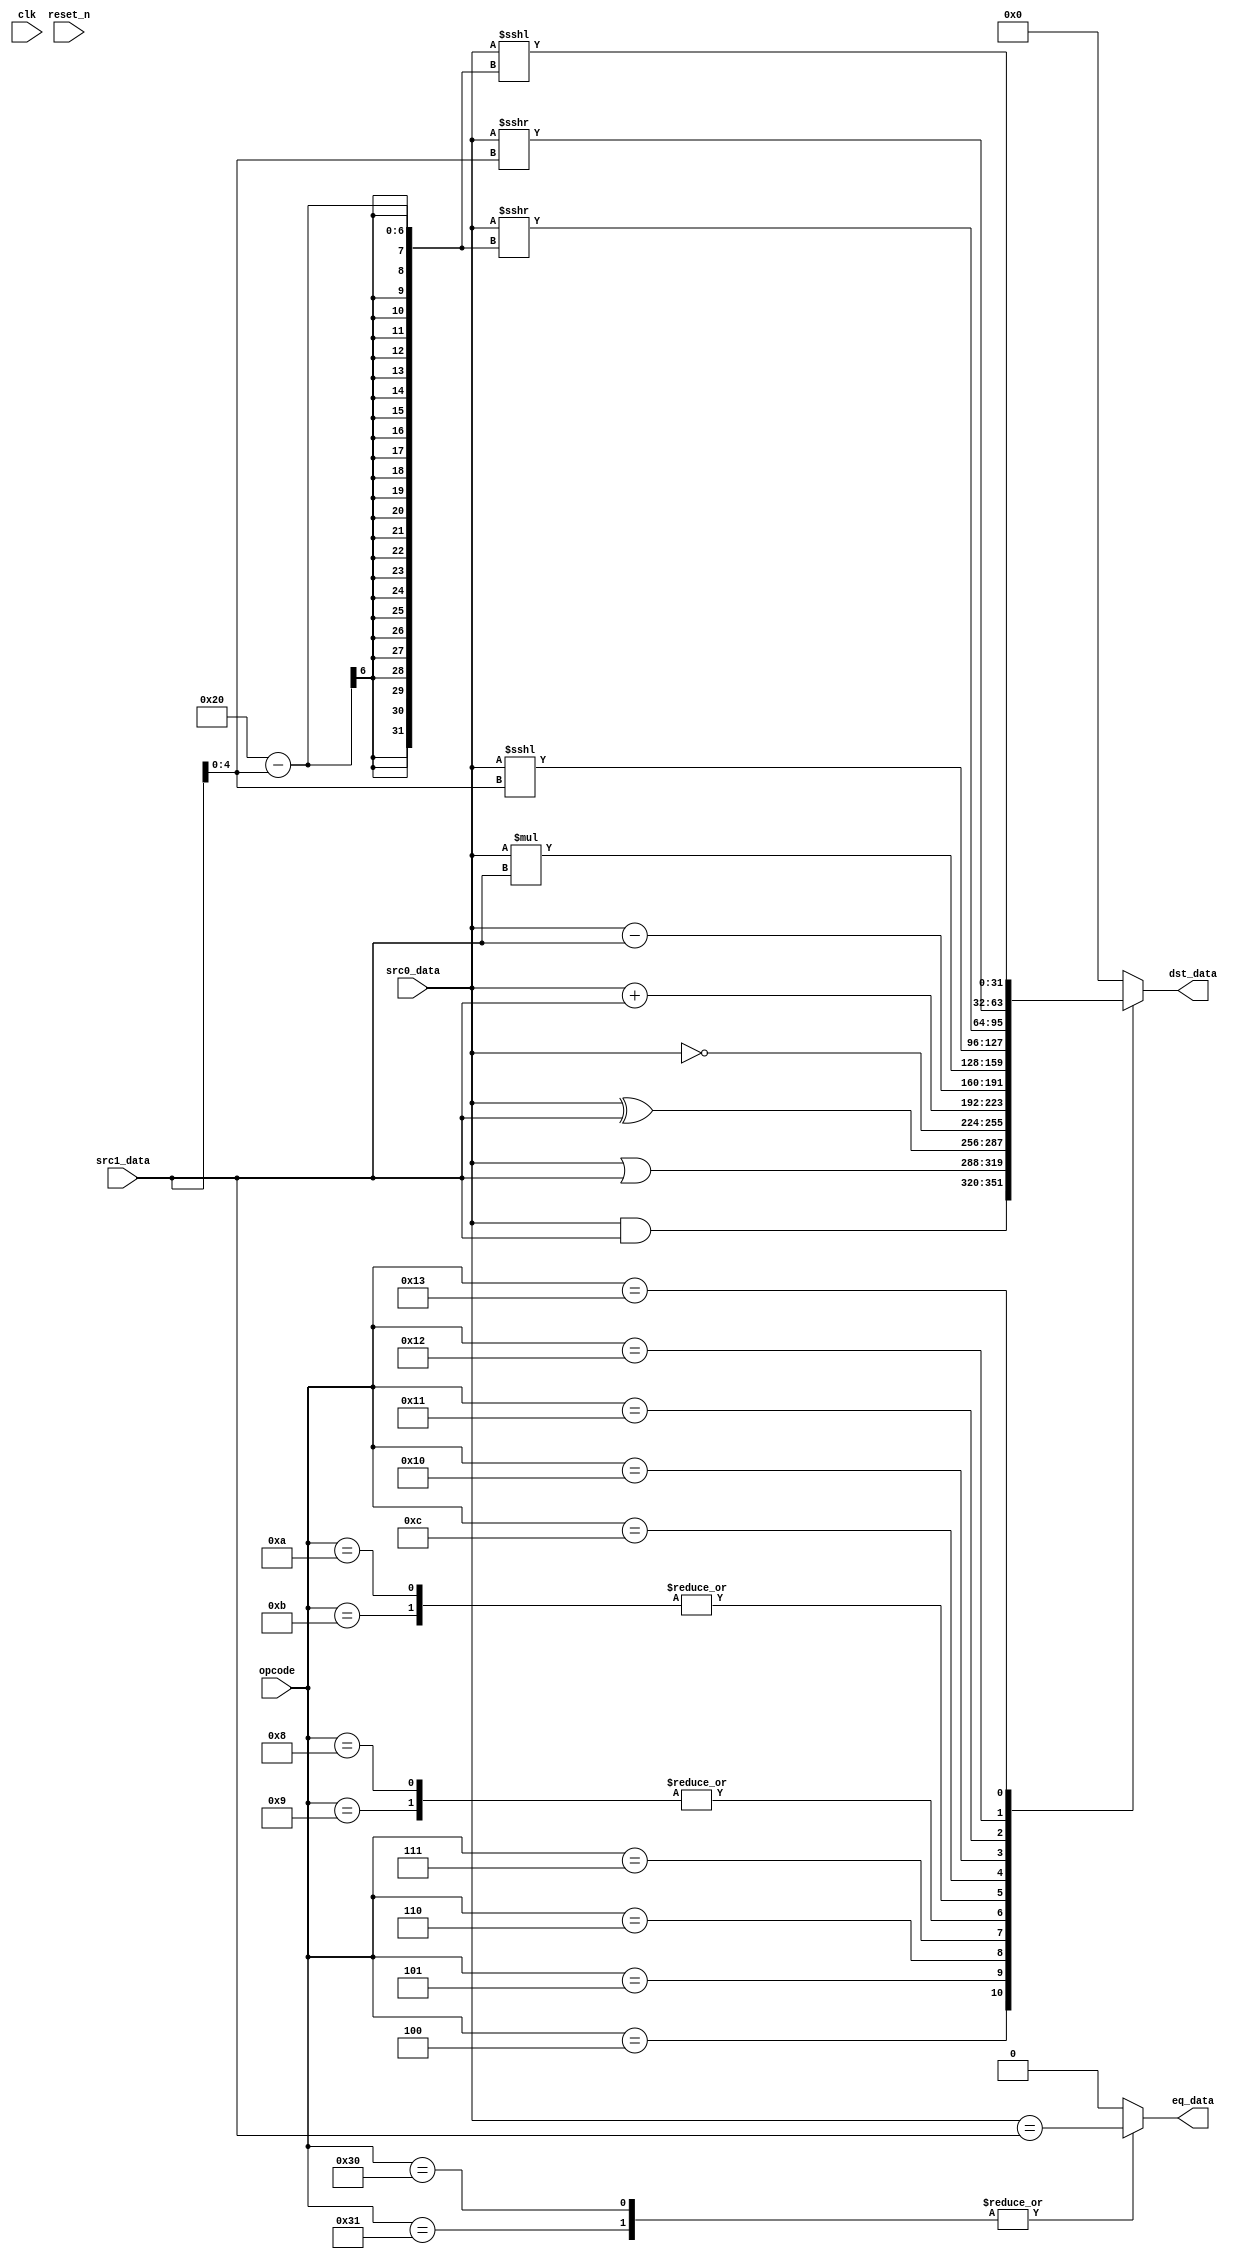
//======================================================================
//
// fltcpu_alu.v
// ----------------
// Arithmetic and Logic Unit (ALU) in the cpu. This is where the
// operations are performed.
//
//
// Copyright (c) 2015 Secworks Sweden AB
// All rights reserved.
//
// Redistribution and use in source and binary forms, with or
// without modification, are permitted provided that the following
// conditions are met:
//
// 1. Redistributions of source code must retain the above copyright
//    notice, this list of conditions and the following disclaimer.
//
// 2. Redistributions in binary form must reproduce the above copyright
//    notice, this list of conditions and the following disclaimer in
//    the documentation and/or other materials provided with the
//    distribution.
//
// THIS SOFTWARE IS PROVIDED BY THE COPYRIGHT HOLDERS AND CONTRIBUTORS
// "AS IS" AND ANY EXPRESS OR IMPLIED WARRANTIES, INCLUDING, BUT NOT
// LIMITED TO, THE IMPLIED WARRANTIES OF MERCHANTABILITY AND FITNESS
// FOR A PARTICULAR PURPOSE ARE DISCLAIMED. IN NO EVENT SHALL THE
// COPYRIGHT OWNER OR CONTRIBUTORS BE LIABLE FOR ANY DIRECT, INDIRECT,
// INCIDENTAL, SPECIAL, EXEMPLARY, OR CONSEQUENTIAL DAMAGES (INCLUDING,
// BUT NOT LIMITED TO, PROCUREMENT OF SUBSTITUTE GOODS OR SERVICES;
// LOSS OF USE, DATA, OR PROFITS; OR BUSINESS INTERRUPTION) HOWEVER
// CAUSED AND ON ANY THEORY OF LIABILITY, WHETHER IN CONTRACT,
// STRICT LIABILITY, OR TORT (INCLUDING NEGLIGENCE OR OTHERWISE)
// ARISING IN ANY WAY OUT OF THE USE OF THIS SOFTWARE, EVEN IF
// ADVISED OF THE POSSIBILITY OF SUCH DAMAGE.
//
//======================================================================

module fltcpu_alu(
                  input wire           clk,
                  input wire           reset_n,

                  input wire [5 : 0]   opcode,

                  input wire [31 : 0]  src0_data,
                  input wire [31 : 0]  src1_data,

                  output wire [31 : 0] dst_data,
                  output wire          eq_data
                 );


  //----------------------------------------------------------------
  // Internal constant and parameter definitions.
  //----------------------------------------------------------------
  localparam OPCODE_AND  = 6'h04;
  localparam OPCODE_OR   = 6'h05;
  localparam OPCODE_XOR  = 6'h06;
  localparam OPCODE_NOT  = 6'h07;

  localparam OPCODE_ADD  = 6'h08;
  localparam OPCODE_ADDI = 6'h09;
  localparam OPCODE_SUB  = 6'h0a;
  localparam OPCODE_SUBI = 6'h0b;
  localparam OPCODE_MUL  = 6'h0c;
  localparam OPCODE_MULI = 6'h0d;

  localparam OPCODE_ASL  = 6'h10;
  localparam OPCODE_ROL  = 6'h11;
  localparam OPCODE_ASR  = 6'h12;
  localparam OPCODE_ROR  = 6'h13;

  localparam OPCODE_CMP  = 6'h30;
  localparam OPCODE_CMPI = 6'h31;


  //----------------------------------------------------------------
  // Wires.
  //----------------------------------------------------------------
  reg [31 : 0] tmp_dst_data;
  reg          tmp_eq_data;
  wire [4 : 0] shamt;


  //----------------------------------------------------------------
  // Concurrent connectivity for ports etc.
  //----------------------------------------------------------------
  assign dst_data = tmp_dst_data;
  assign eq_data  = tmp_eq_data;
  assign shamt    = src1_data[4 : 0];


  //----------------------------------------------------------------
  // alu
  //
  // The alu logic.
  //----------------------------------------------------------------
  always @*
    begin : alu
      // Default assignments
      tmp_dst_data = 32'h0;
      tmp_eq_data  = 0;

      case (opcode)
        OPCODE_AND:
          tmp_dst_data = src0_data & src1_data;

        OPCODE_OR:
          tmp_dst_data = src0_data | src1_data;

        OPCODE_XOR:
          tmp_dst_data = src0_data ^ src1_data;

        OPCODE_NOT:
          tmp_dst_data = ~src0_data;

        OPCODE_ADD, OPCODE_ADDI:
          tmp_dst_data = src0_data + src1_data;

        OPCODE_SUB, OPCODE_SUBI:
          tmp_dst_data = src0_data - src1_data;

        OPCODE_MUL:
          tmp_dst_data = src0_data * src1_data;

        OPCODE_ASL:
          tmp_dst_data = src0_data <<< shamt;

        OPCODE_ROL:
          tmp_dst_data = {(src0_data <<< shamt),
                          (src0_data >>> (32 - shamt))};

        OPCODE_ASR:
          tmp_dst_data = src0_data >>> shamt;

        OPCODE_ROR:
          tmp_dst_data = {(src0_data >>> shamt),
                          (src0_data <<< (32 - shamt))};

        OPCODE_CMP, OPCODE_CMPI:
          tmp_eq_data = src0_data == src1_data;

        default:
          begin
          end
      endcase // case (opcode)
    end // alu

endmodule // fltcpu_alu

//======================================================================
// EOF fltcpu_alu.v
//======================================================================